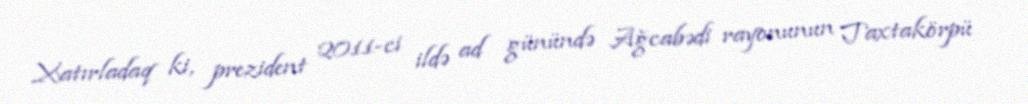
Xatırladaq ki, prezident 2011-ci ildə ad günündə Ağcabədi rayonunun Taxtakörpü